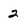
Character: 2